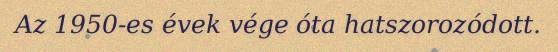
Az 1950-es évek vége óta hatszorozódott.